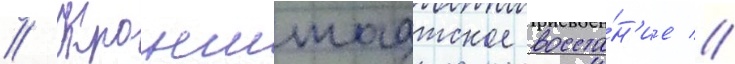
// Кронштадтское восста́н'ие //